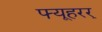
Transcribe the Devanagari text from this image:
फ्यूहरर्